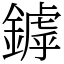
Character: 鏬